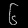
Digit: ၆